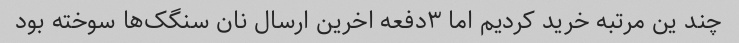
چند ین مرتبه خرید کردیم اما ۳دفعه اخرین ارسال نان سنگک‌ها سوخته بود